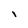
Character: i